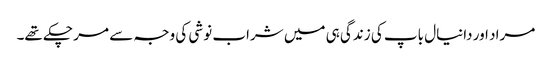
مراد اور دانیال باپ کی زندگی ہی میں شراب نوشی کی وجہ سے مر چکے تھے۔